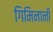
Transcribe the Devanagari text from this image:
गिमिनानी